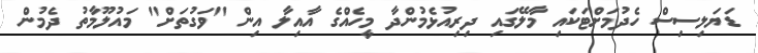
ޑަޔަލިސިސް ހެދުމަށްޓަކައި މާލޭގައި ދިރިއުޅެމުންދާ މީހެއްގެ އާއިލާ އިން "ވަގުތަށް" މައުލޫމާތު ދެމުން